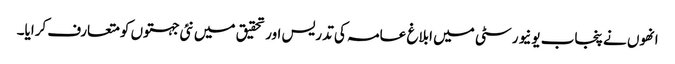
انھوں نے پنجاب یونیورسٹی میں ابلاغ عامہ کی تدریس اور تحقیق میں نئی جہتوں کو متعارف کرایا۔